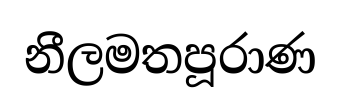
නීලමතපූරාණ